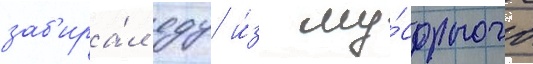
заб'ира́л еду и́з му́сорного